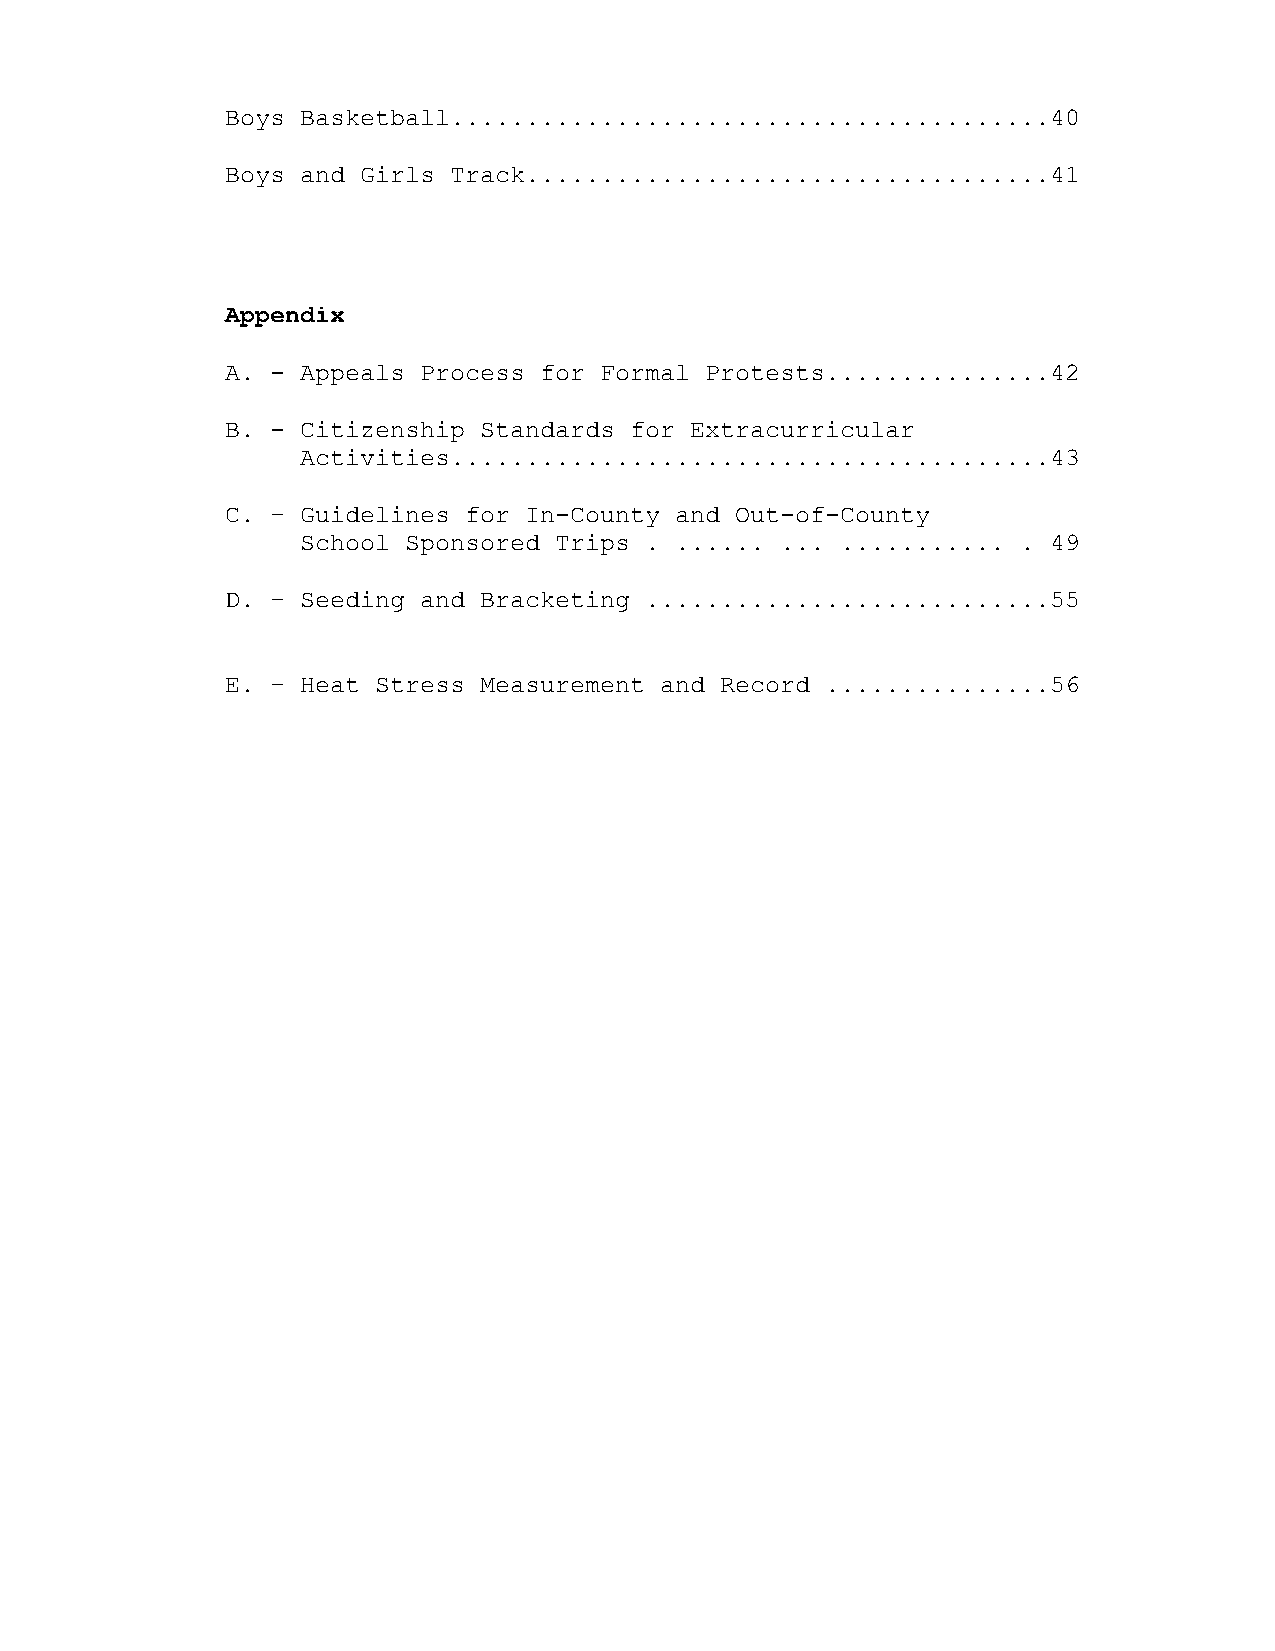
Boys Basketball........................................40
 Boys and Girls Track...................................41
 Appendix
 A. - Appeals Process for Formal Protests...............42
 B. - Citizenship Standards for Extracurricular
 Activities........................................43
 C. – Guidelines for In-County and Out-of-County
 School Sponsored Trips . ...... ... ........... . 49
 D. – Seeding and Bracketing ...........................55
 E. – Heat Stress Measurement and Record ...............56